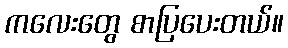
ကလေးတွေ စာပြပေးတယ်။